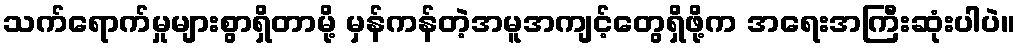
သက်ရောက်မှုများစွာရှိတာမို့ မှန်ကန်တဲ့အမူအကျင့်တွေရှိဖို့က အရေးအကြီးဆုံးပါပဲ။